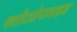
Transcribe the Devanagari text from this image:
क्लोरप्रोपामाइड